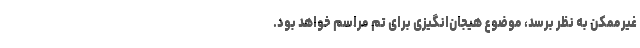
غیرممکن به نظر برسد، موضوع هیجان‌انگیزی برای تم مراسم خواهد بود.